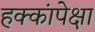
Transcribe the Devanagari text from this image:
हक्कांपेक्षा